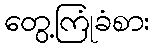
တွေ့ကြုံခံစား